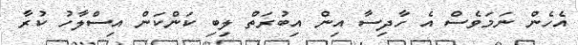
އެހެން ނަމަވެސް އެ ހާދިސާ އިން އިބުރަތް ލިބި ކަންކަން އިސްލާހު ކުރާ